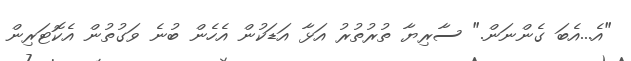
"އެ...އެބަ ގެންނަން." ސާރިޔާ ތުރުތުރު އަޅާ އަޑަކުން އެހެން ބުނެ ވަގުތުން އެކޮޓަރިން